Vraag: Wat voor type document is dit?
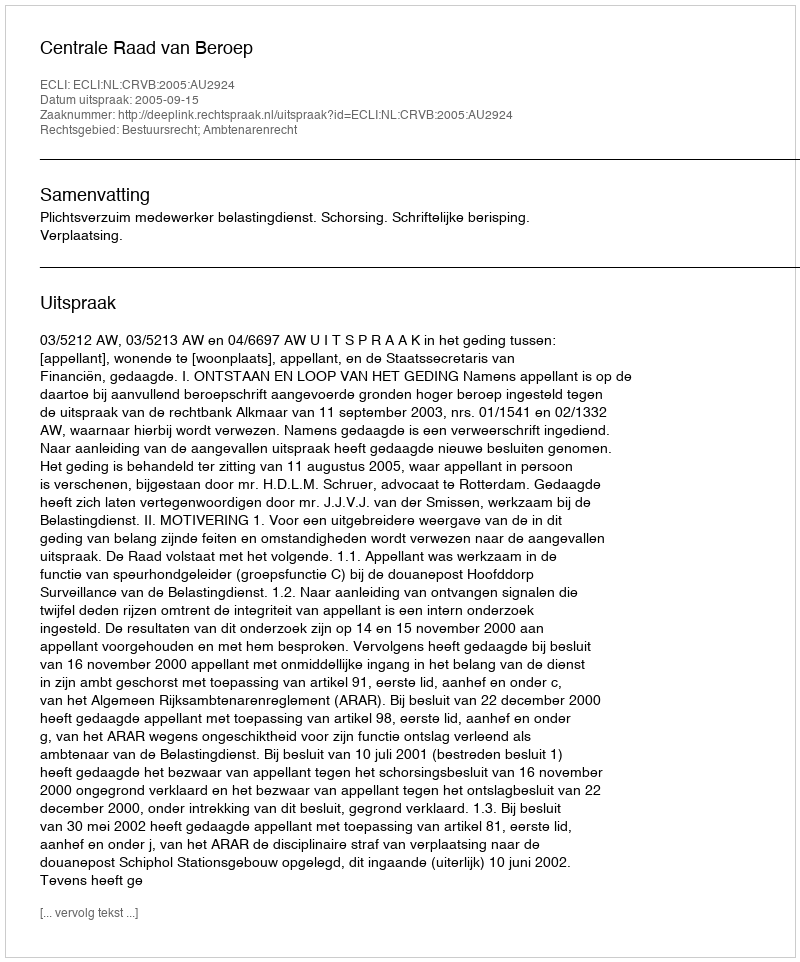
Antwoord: Uitspraak